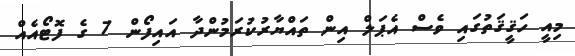
މިއީ ހަޤީޤަތުގައި ވެސް އެޕަލް އިން ތައްޔާރުކުރަމުންދާ އައިފޯން 7 ގެ ފޮޓޯއެއް